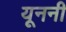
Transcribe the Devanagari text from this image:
यूननी